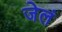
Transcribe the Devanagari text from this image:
जेलं